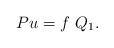
\begin{align*}P u=f \,\,Q_1.\end{align*}